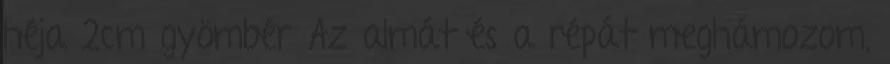
héja 2cm gyömbér Az almát és a répát meghámozom,